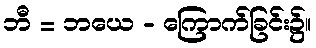
ဘီ = ဘယေ - ကြောက်ခြင်း၌။